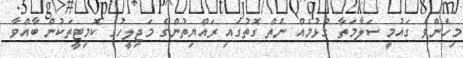
މިހެންވެ ގައުމީ ސަލާމަތާ ގުޅުމެއް ނެތް ގޮތުގައި ރައްޔިތުންގެ މަޖިލީހުގެ ކޮމިޓީތަކުން ބާއްވާ